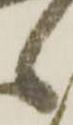
候